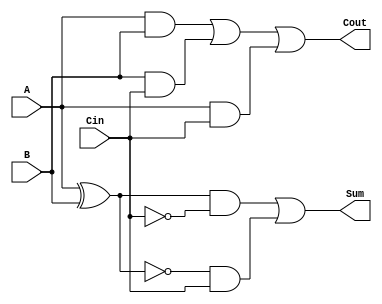
module TransmissionGateFullAdder (
    input wire A,      // First operand
    input wire B,      // Second operand
    input wire Cin,    // Carry-in bit
    output wire Sum,   // Resulting sum bit
    output wire Cout   // Resulting carry-out bit
);

    // Intermediate signals
    wire AB_xor;           // A XOR B
    wire AB_and;           // A AND B
    wire AB_Cin_and;       // (A XOR B) AND Cin
    wire B_Cin_and;        // B AND Cin
    wire A_Cin_and;        // A AND Cin

    // Calculate A XOR B
    assign AB_xor = A ^ B;

    // Calculate A AND B
    assign AB_and = A & B;

    // Calculate (A XOR B) AND Cin
    assign AB_Cin_and = AB_xor & Cin;

    // Calculate B AND Cin
    assign B_Cin_and = B & Cin;

    // Calculate A AND Cin
    assign A_Cin_and = A & Cin;

    // Transmission gates for Sum (A XOR B XOR Cin)
    wire Sum_internal;
    assign Sum_internal = (AB_xor & ~Cin) | (~AB_xor & Cin);
    assign Sum = Sum_internal;

    // Transmission gates for Cout (A AND B) OR (B AND Cin) OR (A AND Cin)
    wire Cout_internal;
    assign Cout_internal = AB_and | B_Cin_and | A_Cin_and;
    assign Cout = Cout_internal;

endmodule